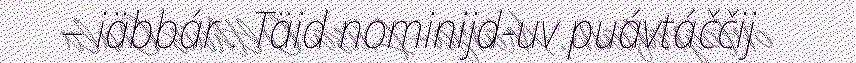
– iäbbár . Täid nominijd-uv puávtáččij